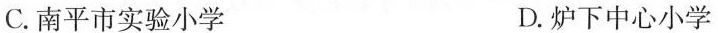
C.南平市实验小学 D.炉下中心小学